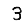
Digit: 3